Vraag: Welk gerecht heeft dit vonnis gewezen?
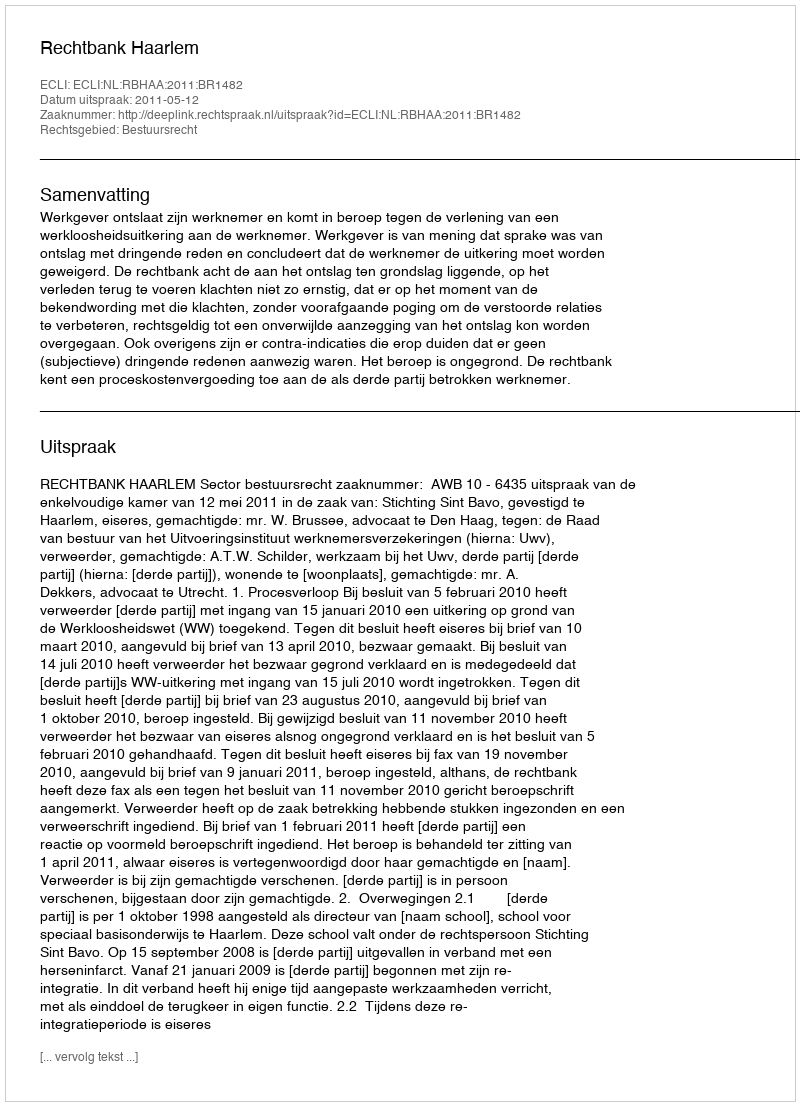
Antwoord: Rechtbank Haarlem